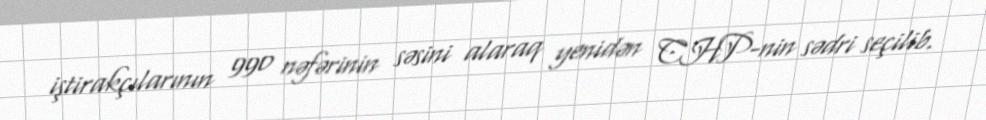
iştirakçılarının 990 nəfərinin səsini alaraq yenidən CHP-nin sədri seçilib.